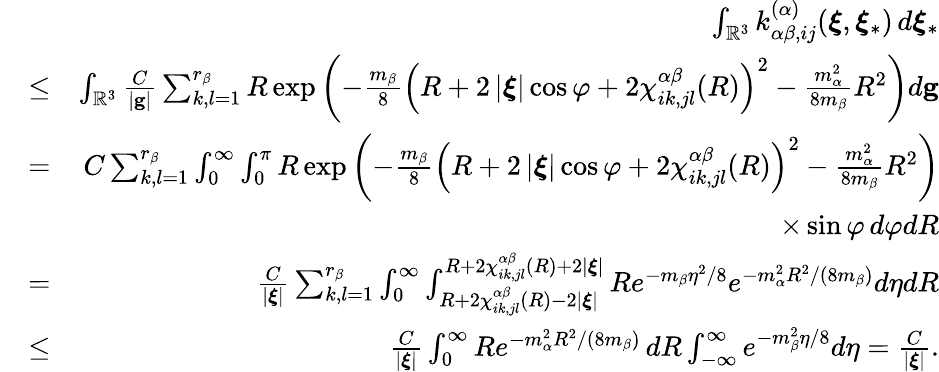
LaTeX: \begin{array}{rlr}&{}&{\int_{\mathbb{R}^{3}}k_{\alpha\beta,ij}^{\left(\alpha\right)}(\boldsymbol{\xi},\boldsymbol{\xi}_{\ast})\, d\boldsymbol{\xi}_{\ast}}\\ &{\leq}&{\int_{\mathbb{R}^{3}}\frac{C}{\left\vert\mathbf{g}\right\vert}\sum_{k,l=1}^{r_{\beta}}R\exp\left(-\frac{m_{\beta}}{8}\left(R+2\left\vert\boldsymbol{\xi}\right\vert\cos\varphi+2\chi_{ik,jl}^{\alpha\beta}(R)\right)^{2}-\frac{m_{\alpha}^{2}}{8m_{\beta}}R^{2}\right)d\mathbf{g}}\\ &{=}&{C\sum_{k,l=1}^{r_{\beta}}\int_{0}^{\infty}\int_{0}^{\pi}R\exp\left(-\frac{m_{\beta}}{8}\left(R+2\left\vert\boldsymbol{\xi}\right\vert\cos\varphi+2\chi_{ik,jl}^{\alpha\beta}(R)\right)^{2}-\frac{m_{\alpha}^{2}}{8m_{\beta}}R^{2}\right)}\\ &{}&{\times\sin\varphi\, d\varphi dR}\\ &{=}&{\frac{C}{\left\vert\boldsymbol{\xi}\right\vert}\sum_{k,l=1}^{r_{\beta}}\int_{0}^{\infty}\int_{R+2\chi_{ik,jl}^{\alpha\beta}(R)-2\left\vert\boldsymbol{\xi}\right\vert}^{R+2\chi_{ik,jl}^{\alpha\beta}(R)+2\left\vert\boldsymbol{\xi}\right\vert}Re^{-m_{\beta}\eta^{2}/8}e^{-m_{\alpha}^{2}R^{2}/\left(8m_{\beta}\right)}d\eta dR}\\ &{\leq}&{\frac{C}{\left\vert\boldsymbol{\xi}\right\vert}\int_{0}^{\infty}Re^{-m_{\alpha}^{2}R^{2}/\left(8m_{\beta}\right)}\, dR\int_{-\infty}^{\infty}e^{-m_{\beta}^{2}\eta/8}d\eta=\frac{C}{\left\vert\boldsymbol{\xi}\right\vert}\mathrm{.}}\end{array}